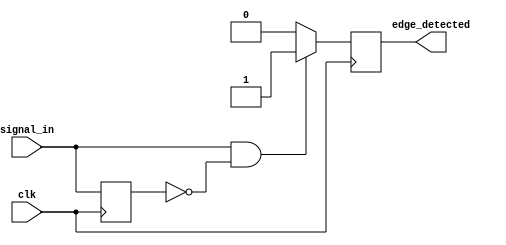
module rising_edge_detector (
    input wire clk,            // Clock signal
    input wire signal_in,      // Input signal to detect rising edge
    output reg edge_detected    // Output signal indicating rising edge
);

    reg signal_prev;           // Register to hold the previous state of signal_in

    // Initial block to set the initial state of signal_prev
    initial begin
        signal_prev = 1'b0;    // Initialize to low
        edge_detected = 1'b0;  // Initialize edge_detected to low
    end

    // Always block triggered on the rising edge of the clock
    always @(posedge clk) begin
        // Edge detection logic
        if (signal_in == 1'b1 && signal_prev == 1'b0) begin
            edge_detected <= 1'b1;  // Rising edge detected
        end else begin
            edge_detected <= 1'b0;  // No rising edge detected
        end
        
        // Update the previous state
        signal_prev <= signal_in;  // Store current state for next comparison
    end

endmodule